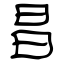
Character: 昌